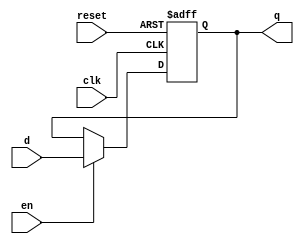


module d_reg #(parameter WIDTH = 16)
              (input      clk, 
				   input      reset, 
					input      en,
               input      [WIDTH-1:0] d, 
               output reg [WIDTH-1:0] q);

always @(posedge clk, posedge reset)
    if (reset) begin 
        q <= 0;
    end
    else begin
        if (en) begin
            q <= d;
        end
    end
endmodule